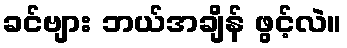
ခင်ဗျား ဘယ်အချိန် ဖွင့်လဲ။